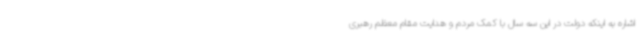
اشاره به اینکه دولت در این سه سال با کمک مردم و هدایت مقام معظم رهبری